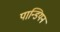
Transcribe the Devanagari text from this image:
पान्डियन